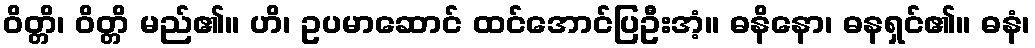
ဝိတ္တိ၊ ဝိတ္တိ မည်၏။ ဟိ၊ ဥပမာဆောင် ထင်အောင်ပြဦးအံ့။ ဓနိနော၊ ဓနရှင်၏။ ဓနံ၊